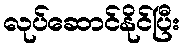
လုပ်ဆောင်နိုင်ပြီး